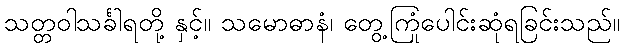
သတ္တဝါသင်္ခါရတို့ နှင့်။ သမောဓာနံ၊ တွေ့ကြုံပေါင်းဆုံရခြင်းသည်။